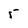
Character: 5